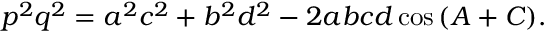
p ^ { 2 } q ^ { 2 } = a ^ { 2 } c ^ { 2 } + b ^ { 2 } d ^ { 2 } - 2 a b c d \cos { ( A + C ) } .